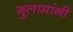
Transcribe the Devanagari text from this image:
गुलामांनी